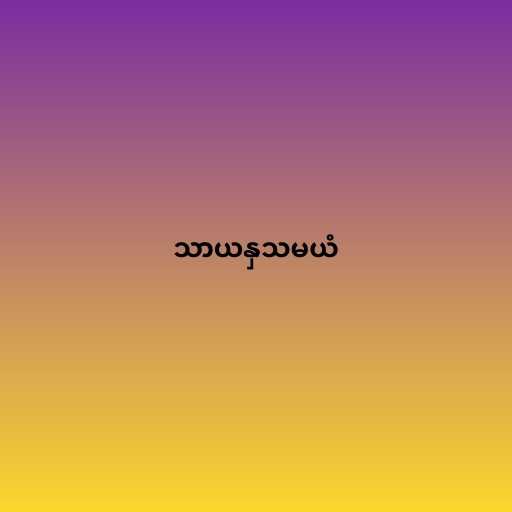
သာယနှသမယံ